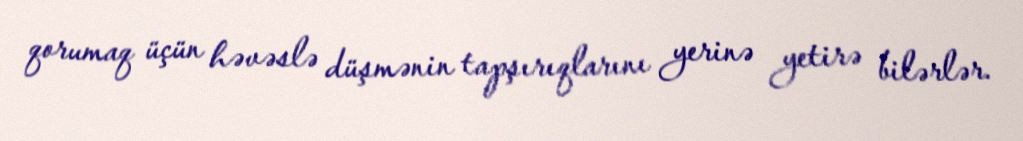
qorumaq üçün həvəslə düşmənin tapşırıqlarını yerinə yetirə bilərlər.